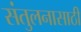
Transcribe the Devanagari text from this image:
संतुलनासाठी